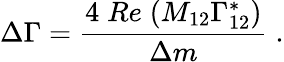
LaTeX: \Delta\Gamma=\frac{4\; Re\; (M_{12}\Gamma_{12}^{*})}{\Delta m}\; .